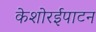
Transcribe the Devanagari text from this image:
केशोरईपाटन